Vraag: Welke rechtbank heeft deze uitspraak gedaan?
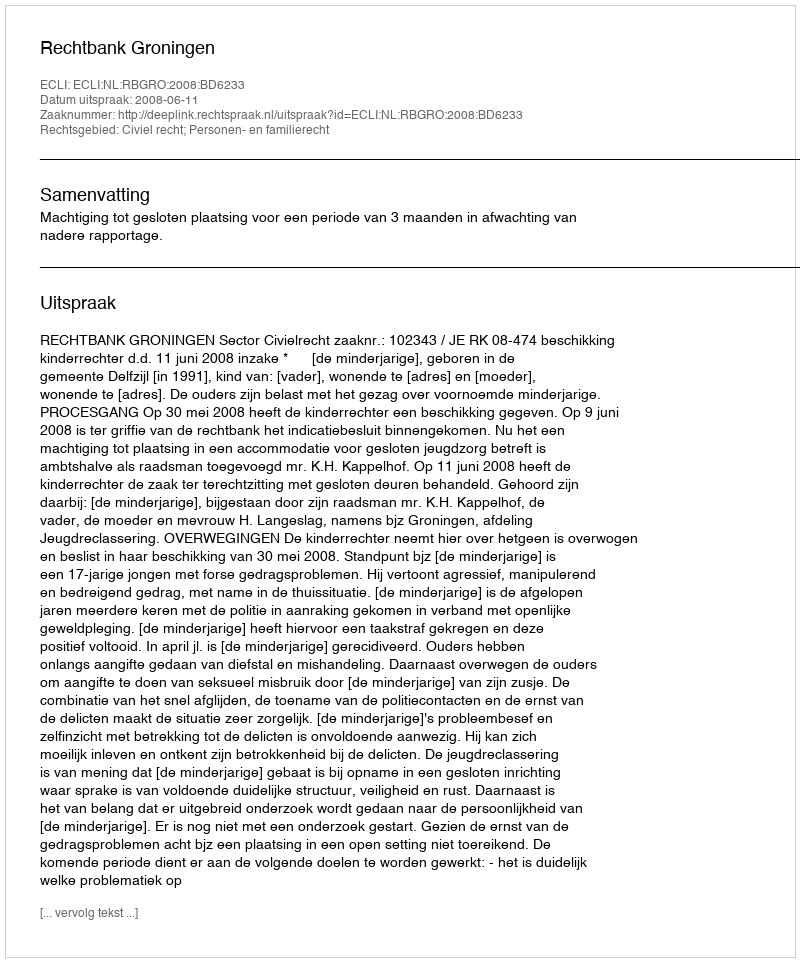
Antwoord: Rechtbank Groningen